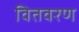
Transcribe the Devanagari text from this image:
वितवरण